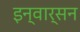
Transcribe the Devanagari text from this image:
इन्वार्सन